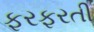
ફરફરતી